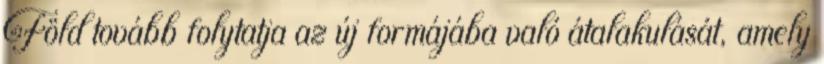
Föld tovább folytatja az új formájába való átalakulását, amely